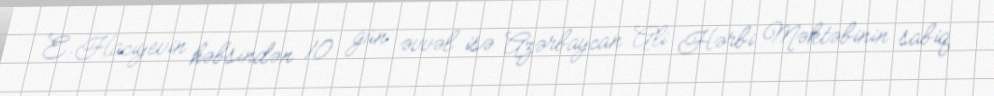
E.Hacıyevin həbsindən 10 gün əvvəl isə Azərbaycan Ali Hərbi Məktəbinin sabiq